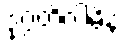
ဒုဂ္ဂတိဂါမိနံ